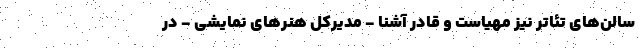
سالن‌های تئاتر نیز مهیاست و قادر آشنا - مدیرکل هنرهای نمایشی - در